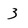
Character: 3